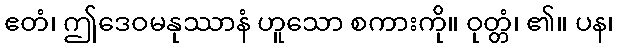
ဧတံ၊ ဤဒေဝမနုဿာနံ ဟူသော စကားကို။ ဝုတ္တံ၊ ၏။ ပန၊